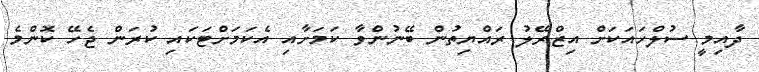
ދާއިމީ ސުލްހައަކަށް އިޒްރޭލު ރައްޔިތުން ބޭނުންވާ ކަމަށާއި އެކަމަށްޓަކައި ކުރަން ޖެހޭ ކޮންމެ